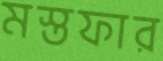
মস্তফার